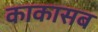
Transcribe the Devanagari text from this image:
काकासब